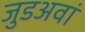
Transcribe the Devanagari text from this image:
जुडअवां